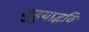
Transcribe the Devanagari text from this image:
जुहुयाद्धविः